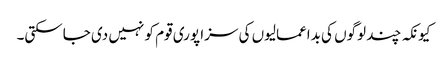
کیونکہ چند لوگوں کی بداعمالیوں کی سزا پوری قوم کو نہیں دی جاسکتی۔